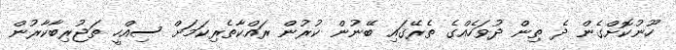
ހޫނުކޮށްގެން ދެ ތިން ދުވަހެއްގެ ތެރޭގައި ބޭނުން ކުރުން ރައްކާތެރިކަމަށް ސިއްހީ ތަޖުރިބާކާރުން